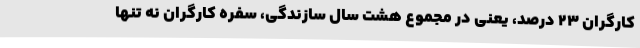
کارگران ۲۳ درصد، یعنی در مجموع هشت سال سازندگی، سفره کارگران نه تنها